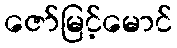
ဇော်မြင့်မောင်